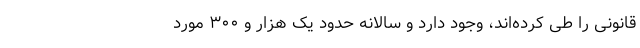
قانونی را طی کرده‌اند، وجود دارد و سالانه حدود یک هزار و ۳۰۰ مورد